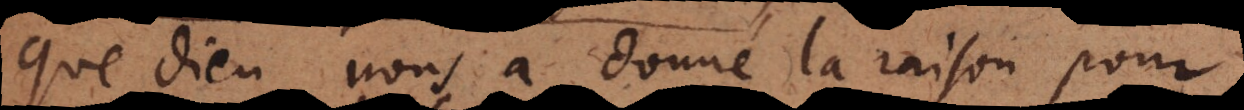
que Dieu nous a donné la raison pour